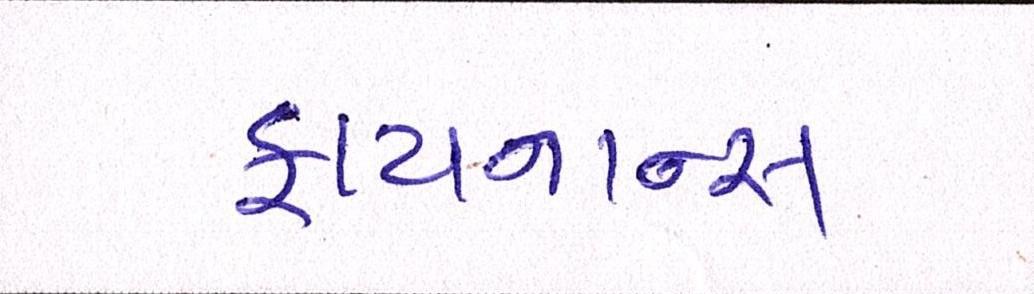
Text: ફાયનાન્સ